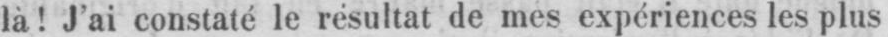
là! J’ai constaté le résultat de mes expériences les plus